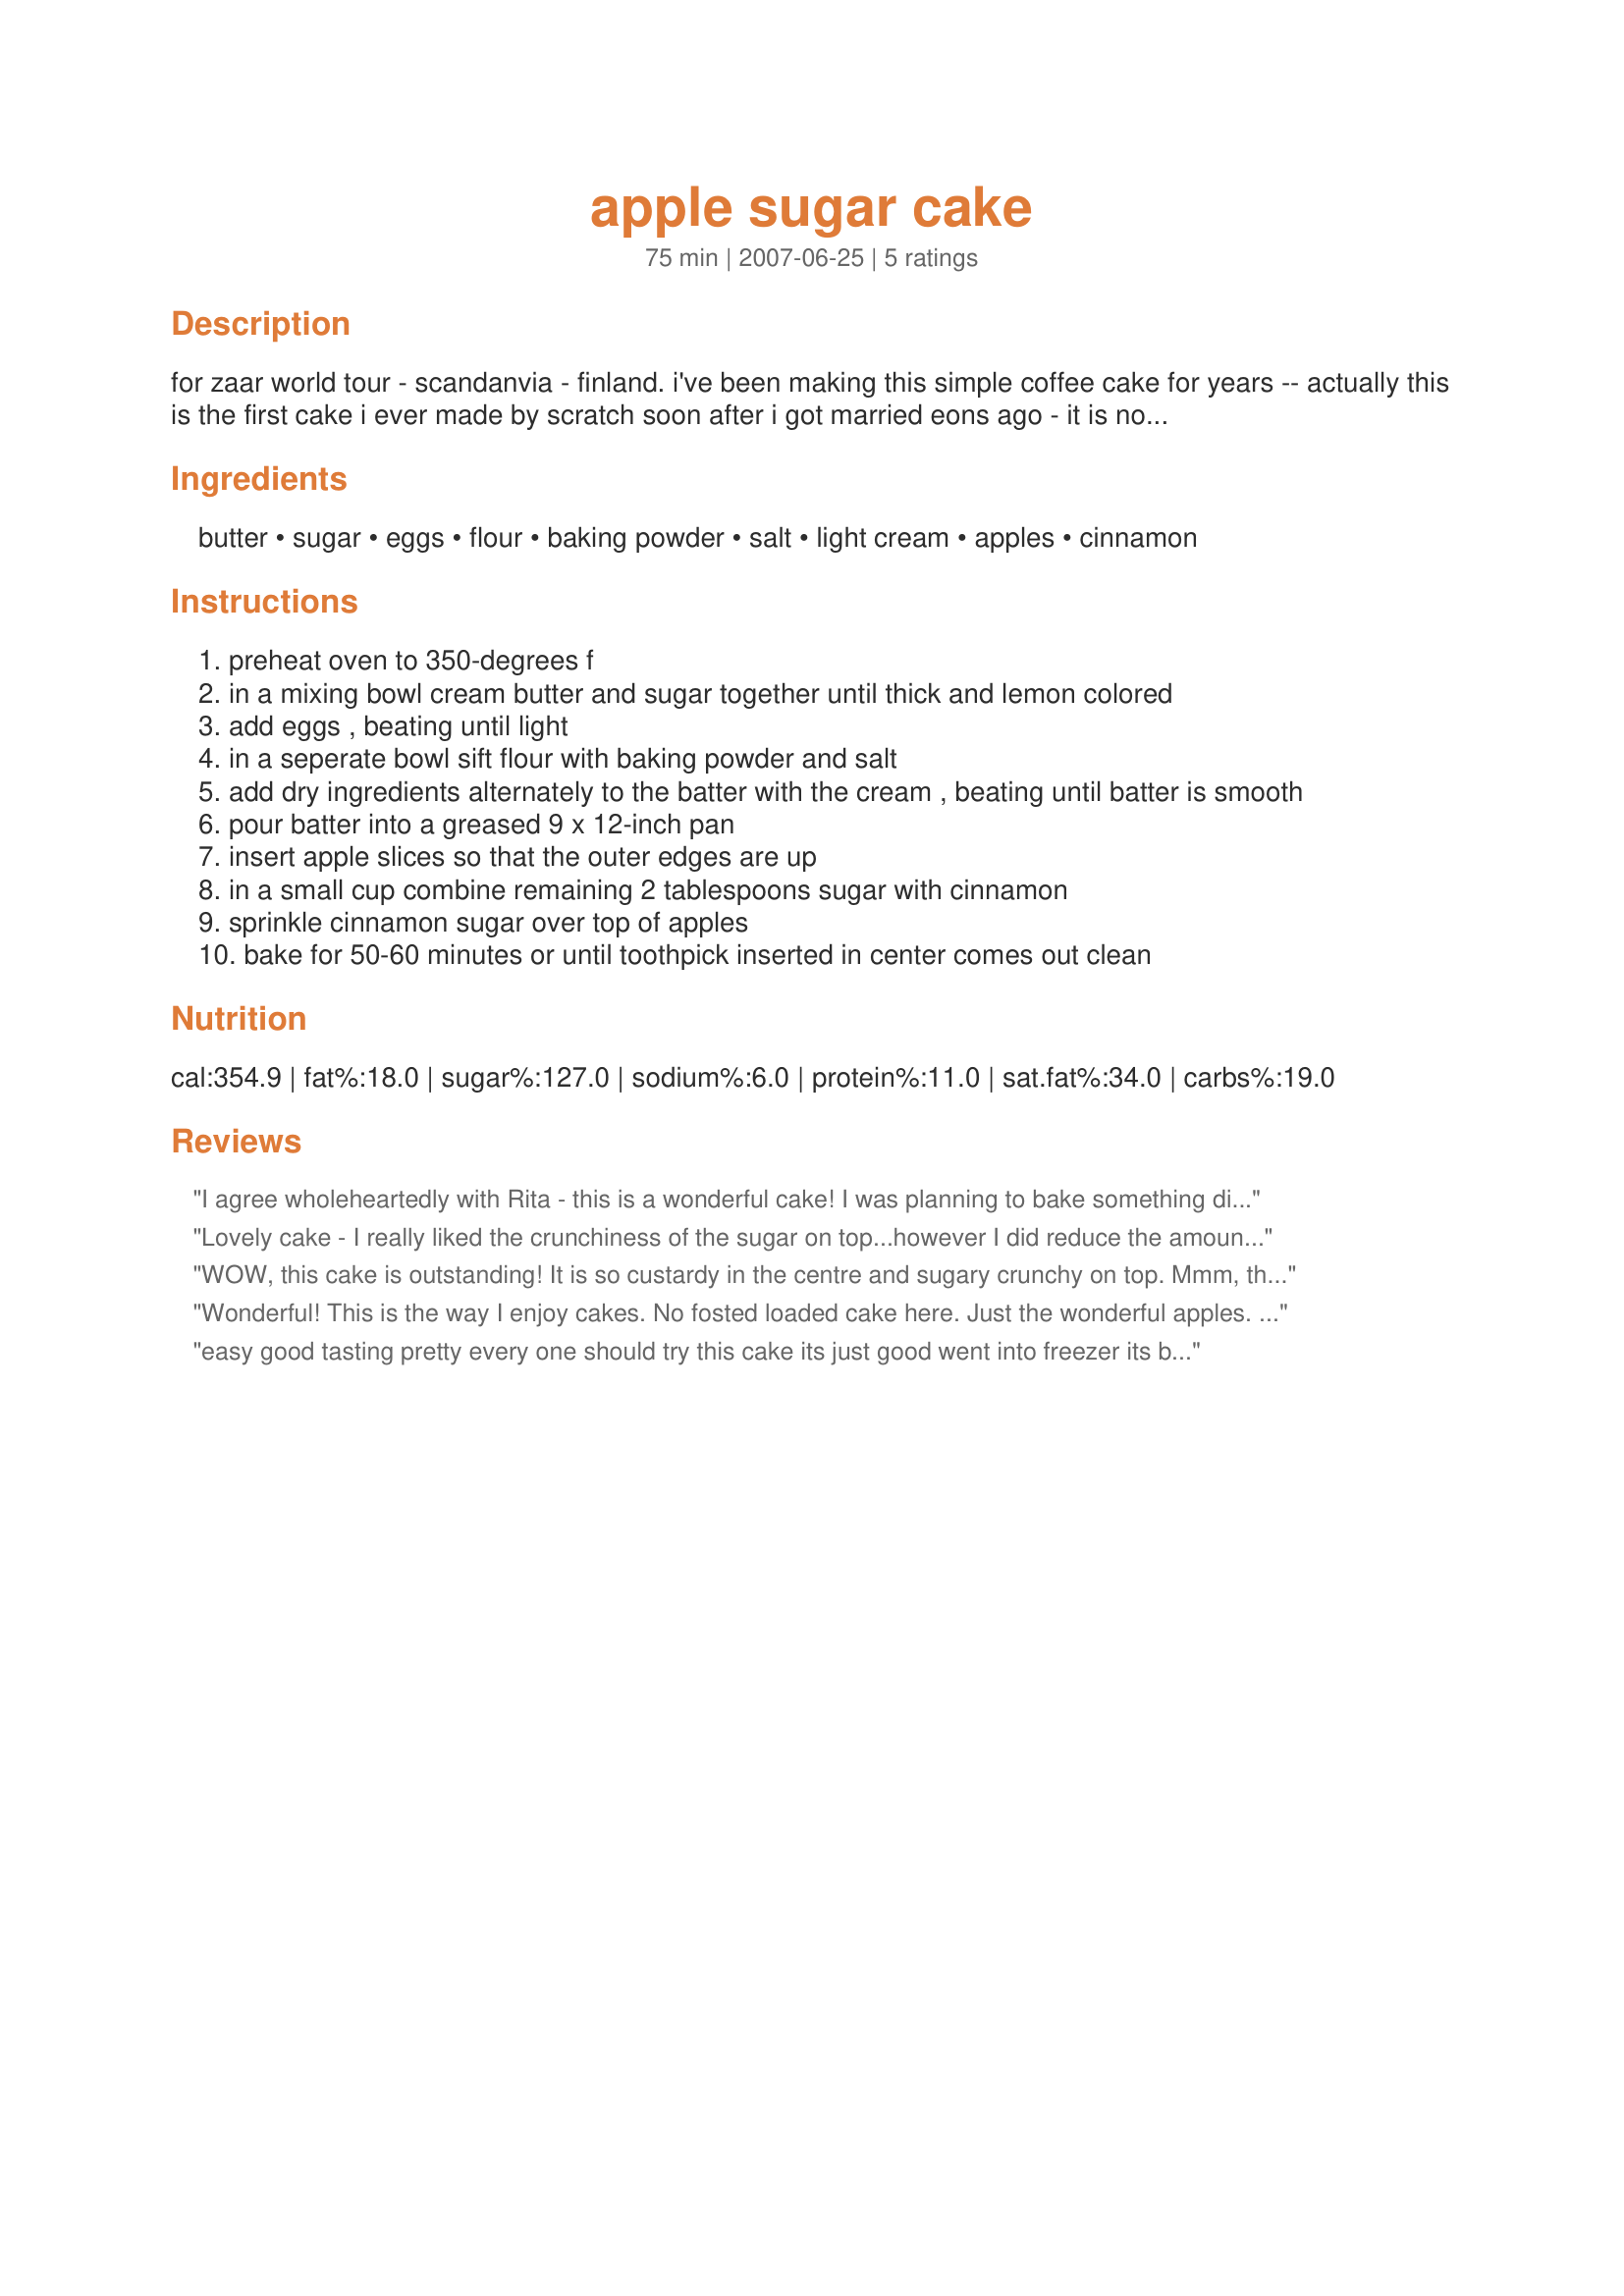
apple sugar cake
Preparation time: 75 minutes

for zaar world tour - scandanvia - finland. i've been making this simple coffee cake for years -- actually this is the first cake i ever made by scratch soon after i got married eons ago - it is not too sweet and is great with coffee served for brunch or as cut in squares snacks. recipe source: the finnish cookbook

Ingredients:
butter, sugar, eggs, flour, baking powder, salt, light cream, apples, cinnamon

Steps:
preheat oven to 350-degrees f
in a mixing bowl cream butter and sugar together until thick and lemon colored
add eggs , beating until light
in a seperate bowl sift flour with baking powder and salt
add dry ingredients alternately to the batter with the cream , beating until batter is smooth
pour batter into a greased 9 x 12-inch pan
insert apple slices so that the outer edges are up
in a small cup combine remaining 2 tablespoons sugar with cinnamon
sprinkle cinnamon sugar over top of apples
bake for 50-60 minutes or until toothpick inserted in center comes out clean

Reviews:
I agree wholeheartedly with Rita - this is a wonderful cake! I was planning to bake something different for this morning's meeting, but yeast bread rises on it's own schedule, so I whipped this together, and it didn't disappoint! The apples are soft and contrast beautifully with the crunchy cinnamon-sugar topping. This was ready in 40 minutes; I was afraid it would become too dark if I left it any longer - be aware of your oven's temparature. Lovely, just lovely, ellie! Made for Veggie Swap 21, for April's VIP Chef!
Lovely cake - I really liked the crunchiness of the sugar on top...however I did reduce the amount of sugar in the cake itself(to about 2/3 of a cup).
WOW, this cake is outstanding! It is so custardy in the centre and sugary crunchy on top. Mmm, the apples and cinnamon go so well together and make for a lovely autumn treat!
I made half the recipe using milk, 1/4 cup sugar and nine slices of apple. It turned out beautifully and will surely be made again! What a great cake for company or just for yourself! :)
Made and reviewed for Veggie Swap #16 Novembre 09.
Wonderful! This is the way I enjoy cakes. No fosted loaded cake here. Just the wonderful apples. I made in my food processor with ease and quickeness. Thanks.
easy good tasting pretty every one should try this cake its just good went into freezer its boys house thnks zaar to i used sugar in the raw for topping ,its my new best baking friend ur 6
